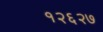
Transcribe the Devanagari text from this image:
१२६२७